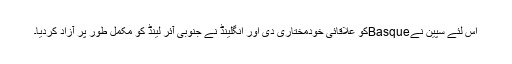
اس لئے سپین نےBasqueکو علاقائی خودمختاری دی اور انگلینڈ نے جنوبی آئر لینڈ کو مکمل طور پر آزاد کردیا۔